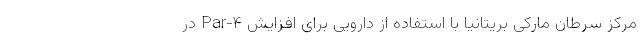
مرکز سرطان مارکی بریتانیا با استفاده از دارویی برای افزایش Par-۴ در